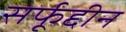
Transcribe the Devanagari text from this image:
सर्फूद्दीन